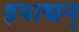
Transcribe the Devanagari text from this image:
इयाद्मन्